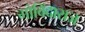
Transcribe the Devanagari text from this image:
गोविंदाराज